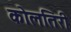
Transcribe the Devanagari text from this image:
कोलतिरी